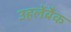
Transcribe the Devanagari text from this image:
उहलेंबैक